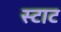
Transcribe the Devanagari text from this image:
स्टाट